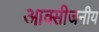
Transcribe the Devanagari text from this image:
आक्सीजनीय